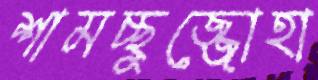
শামচ্ছুজ্জোহা